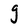
Character: g